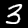
Digit: 3